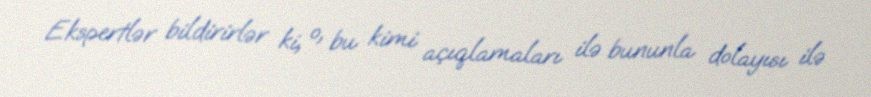
Ekspertlər bildirirlər ki, o, bu kimi açıqlamaları ilə bununla dolayısı ilə